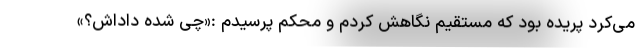
می‌کرد پریده بود که مستقیم نگاهش کردم و محکم پرسیدم :«چی شده داداش؟»